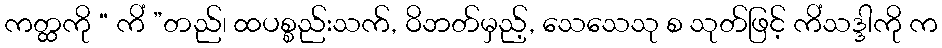
ကတ္ထကို “ ကိံ ”တည်၊ ထပစ္စည်းသက်, ဝိဘတ်မှည့်, သေသေသု စ သုတ်ဖြင့် ကိံသဒ္ဒါကို က